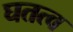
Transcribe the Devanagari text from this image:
घतत्व